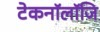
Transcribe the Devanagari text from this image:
टेकनॉलॉजि